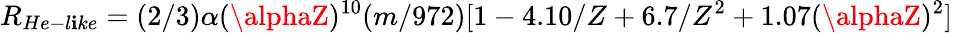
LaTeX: R_{He-l\mathbf{i}ke}=(2/3)\alpha(\alphaZ)^{10}(m/972)[1-4.10/Z+6.7/Z^{2}+1.07(\alphaZ)^{2}]